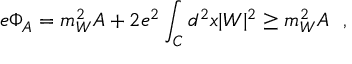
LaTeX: e \Phi _ { A } = m _ { W } ^ { 2 } A + 2 e ^ { 2 } \int _ { \cal C } d ^ { 2 } x | W | ^ { 2 } \ge m _ { W } ^ { 2 } A ~ ~ ,